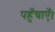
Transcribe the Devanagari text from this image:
पहुँचाएँ।